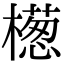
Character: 檧